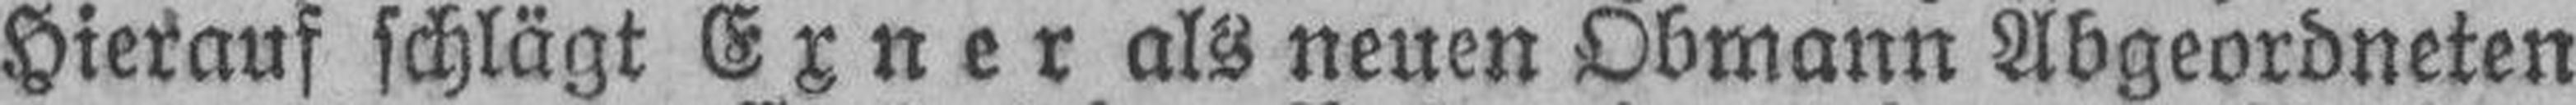
Hierauf schlägt Exner als neuen Obmann Abgeordneten